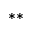
* *